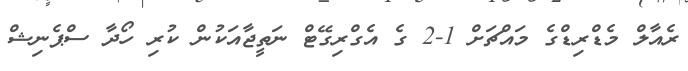
ރެއާލް މެޑްރިޑްގެ މައްޗަށް 1-2 ގެ އެގްރިގޭޓް ނަތީޖާއަކުން ކުރި ހޯދާ ސްޕެނިޝް